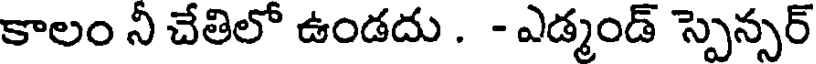
కాలం నీ చేతిలో ఉండదు . - ఎడ్మండ్ స్పెన్సర్